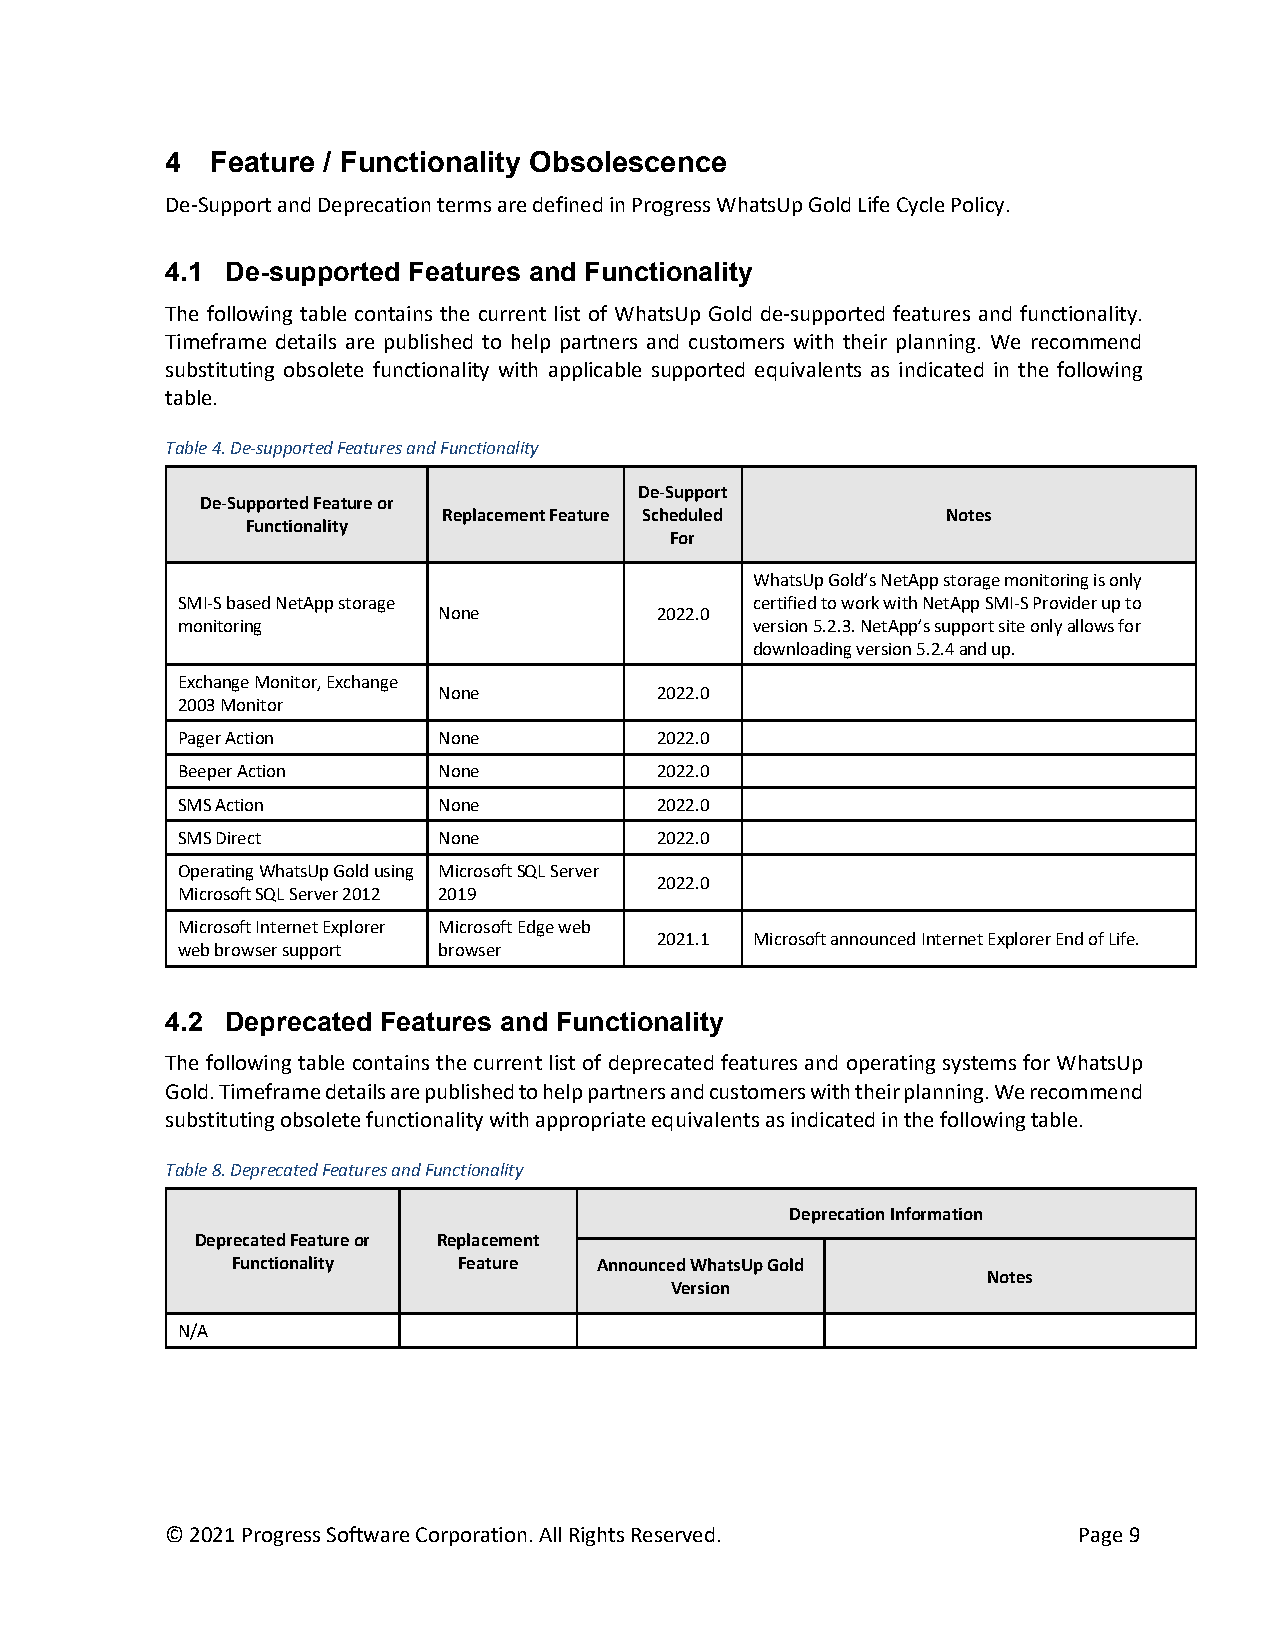
4  Feature / Functionality Obsolescence
 De-Support and Deprecation terms are defined in Progress WhatsUp Gold Life Cycle Policy.
 4.1 De-supported Features and Functionality
 The following table contains the current list of WhatsUp Gold de-supported features and functionality.
 Timeframe details are published to help partners and customers with their planning. We recommend
 substituting obsolete functionality with applicable supported equivalents as indicated in the following
 table.
 Table 4. De-supported Features and Functionality
 De-Support
 De-Supported Feature or
 Replacement Feature Scheduled     Notes
 Functionality
 For
 WhatsUp Gold’s NetApp storage monitoring is only
 SMI-S based NetApp storage            certified to work with NetApp SMI-S Provider up to
 None          2022.0
 monitoring                            version 5.2.3. NetApp’s support site only allows for
 downloading version 5.2.4 and up.
 Exchange Monitor, Exchange
 None          2022.0
 2003 Monitor
 Pager Action     None          2022.0
 Beeper Action    None          2022.0
 SMS Action       None          2022.0
 SMS Direct       None          2022.0
 Operating WhatsUp Gold using Microsoft SQL Server
 2022.0
 Microsoft SQL Server 2012 2019
 Microsoft Internet Explorer Microsoft Edge web
 2021.1 Microsoft announced Internet Explorer End of Life.
 web browser support browser
 4.2 Deprecated Features and Functionality
 The following table contains the current list of deprecated features and operating systems for WhatsUp
 Gold. Timeframe details are published to help partners and customers with their planning. We recommend
 substituting obsolete functionality with appropriate equivalents as indicated in the following table.
 Table 8. Deprecated Features and Functionality
 Deprecation Information
 Deprecated Feature or Replacement
 Functionality  Feature   Announced WhatsUp Gold
 Notes
 Version
 N/A
 © 2021 Progress Software Corporation. All Rights Reserved.  Page 9